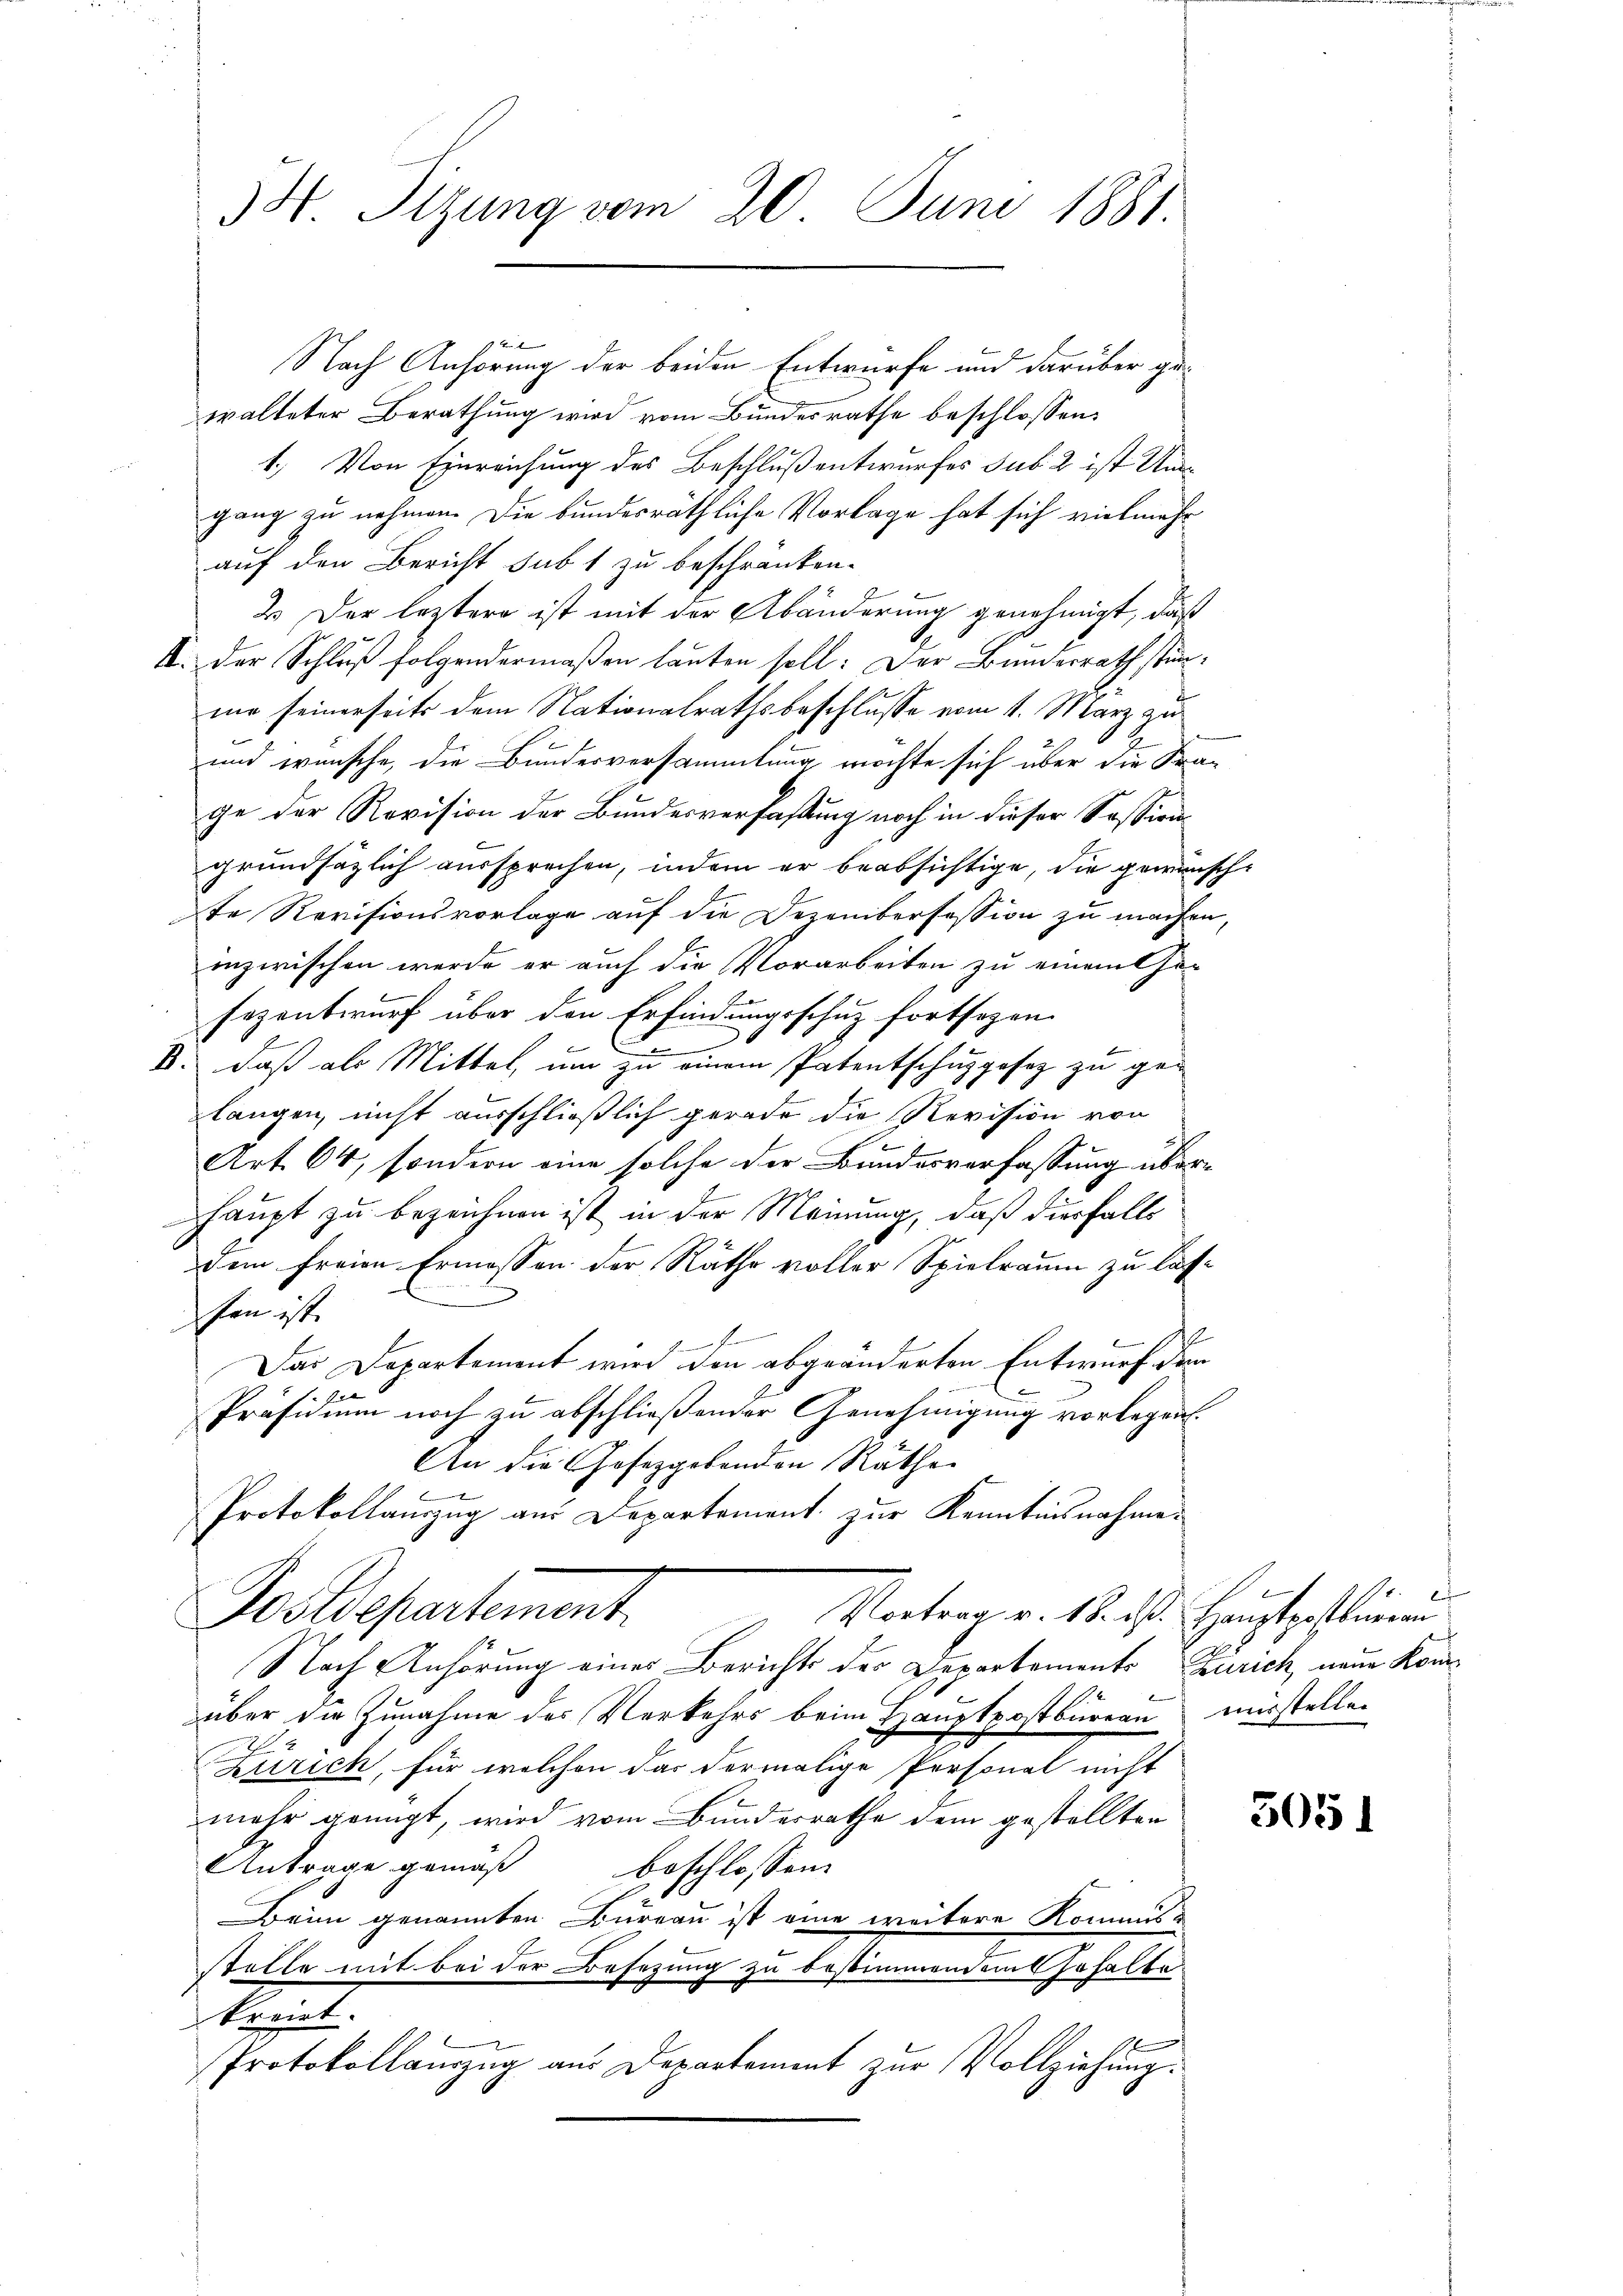
54. Sizung vom 20. Juni 1881.

1x
Nach Anhörung der beiden Entwurfe und darüber gewalteter Berathung wird vom Bundesrathe beschlossen:
1.) Von Einreichung des Beschluß entwurfes sub 2 ist Angang zu nehmen. Die bundesräthliche Vorlage hat sich vielmehr
auf den Bericht sub 1 zu beschränken.
2. Der leztere ist mit der Abänderung genehmigt, daß
II. Der Schluß folgendermaßen lauten soll: Der Bundesrath stünnir seinerseits dem Nationalrathsbeschlusse vom 1. März zu
und wünsche, die Bundesversammlung, mochte sich über die Frage der Revision der Bundesverfaßung noch in dieser Session
grundsätzlich aussprechen, indem er beabsichtige, die gewünschte Revisionsvorlage auf die Dezembersession zu machen,
inzwischen werde er auch die Vorarbeiten zu einamt hasezentwurf über den Erfindungsschuz fortsezen.
e
B. daß als Mittel, um zu einem Patentschuzgesez zu gelangen, nicht ausschließlich gerade die Revision von
Art. 64, sondern eine solche der Bundesverfassung überhaupt zu bezeichnen ist in der Meinung, daß diesfalls
Dem freien Ermessen der Räthe voller Spielraum zu lassen ist.
x
Das Departement wird den abgeänderten Entwurf den
f 4 x
Präsidium noch zu abschließender Genehmigung vorlegen.
An die Gesetzgebenden Räthe
x
Protokollauszug aus Departement zur Kenntnisnahme
Postdepartement
Vortrag v. 18. ds. Hauptgestimmen
Nach Anhörung eines Berichts der Departements Zürich, neue Komüber die Zunahme des Verkehrs beim Hauptpostbureau mirstellen
70
2
Zürich, für welchen das dermalige Personal nicht
mehr genügt, wird vom Bundesrathe dem gestellten
Antrage gemäß beschlossen:
Beim genannten Bureau ist eine weitere Kommis-
stelle mit bei der Besezung zu bestimmendans Johalte
Meist.
Protokollauszug aus Departement zur Vollziehung.

6

305)